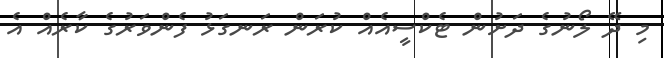
މި ދޭ ލޯނުގެ ދަށުން ޓެކްސީއެއް ކުރަން ރަނގަޅު ފެންވަރުގެ ކާރެއް އެ